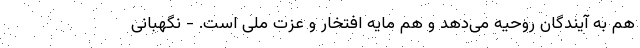
هم به آیندگان روحیه می‌دهد و هم مایه افتخار و عزت ملی است. - نگهبانی